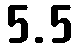
5.5